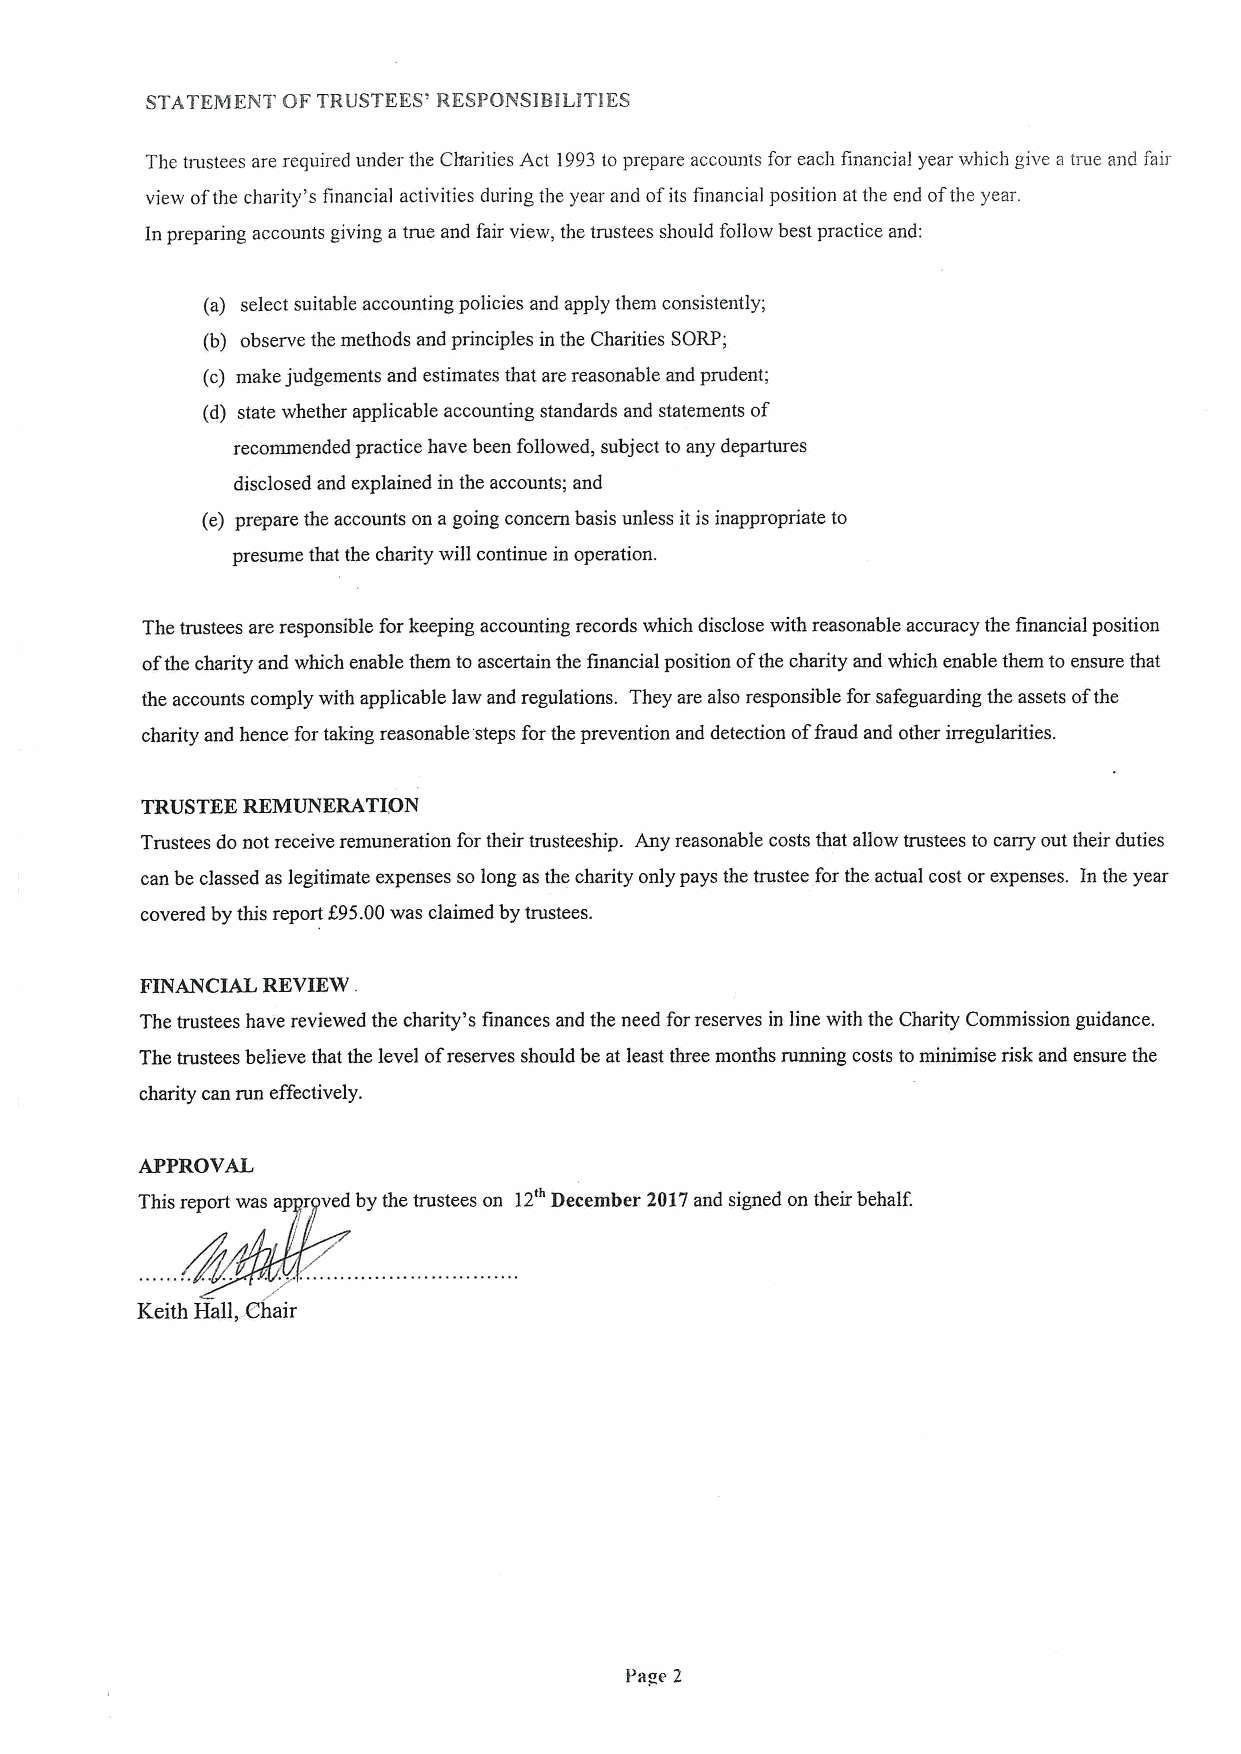
STATEMENT OF TRUSTEES' RESPONSIBILITIES
 The trustees are required under the Charities Act 1993to prepare accounts for each financial year which give a true and fair
 view ofthe charity's financial activities during the year and ofits financial position at the end ofthe year.
 In preparing accounts giving a true and fair view, the trustees should follow best practice and:
 (a) select suitable accounting policies and apply them consistently;
 (b) observe the methods and principles in the Charities SORP;
 (c) make judgements and estimates that are reasonable and prudent;
 (d) state whether applicable accounting standards and statements of
 recommended practice have been followed, subject to any departures
 disclosed and explained in the accounts; and
 (e) prepare the accounts on a going concern basis unless it is inappropriate to
 presume that the charity will continue in operation.
 The trustees are responsible for keeping accounting records which disclose with reasonable accuracy the financial position
 ofthe charity and which enable them to ascertain the financial position ofthe charity and which enable them to ensure that
 the accounts comply with applicable law and regulations. They are also responsible for safeguarding the assets ofthe
 charity and hence for taking reasonable'steps forthe prevention and detection offraud and other irregularities.
 TRUSTEE REMUNERATION
 Trustees do not receive remuneration for their trusteeship. Any reasonable costs that allow trustees to carry out their duties
 can be classed as legitimate expenses so long as the charity only pays the trustee for the actual cost or expenses. In the year
 covered by this report f95.00was claimed by trustees.
 FINANCIAL REVIEW .
 The trustees have reviewed the charity's finances and the need forreserves in line with the Charity Commission guidance.
 The trustees believe that the level ofreserves should be at least three months running costs tominimise risk and ensure the
 charity can run effectively.
 APPROVAL
 This report was ap r ved by the trustees on 12'"December 2017and signed on their behalf.
 Keith Hall, Chair
 Page 2